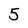
Character: 5